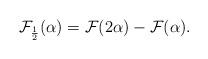
LaTeX: \begin{align*}{\cal F}_{\frac{1}{2}}(\alpha) ={\cal F}(2\alpha)-{\cal F}(\alpha).\end{align*}